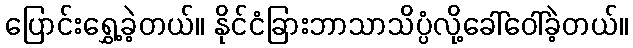
ပြောင်းရွှေ့ခဲ့တယ်။ နိုင်ငံခြားဘာသာသိပ္ပံလို့ခေါ်ဝေါ်ခဲ့တယ်။